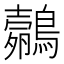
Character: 𱈼